Civil Veterinary Dept. North-West Frontier Province 1933-46 - 1933-1946
Year: 1933
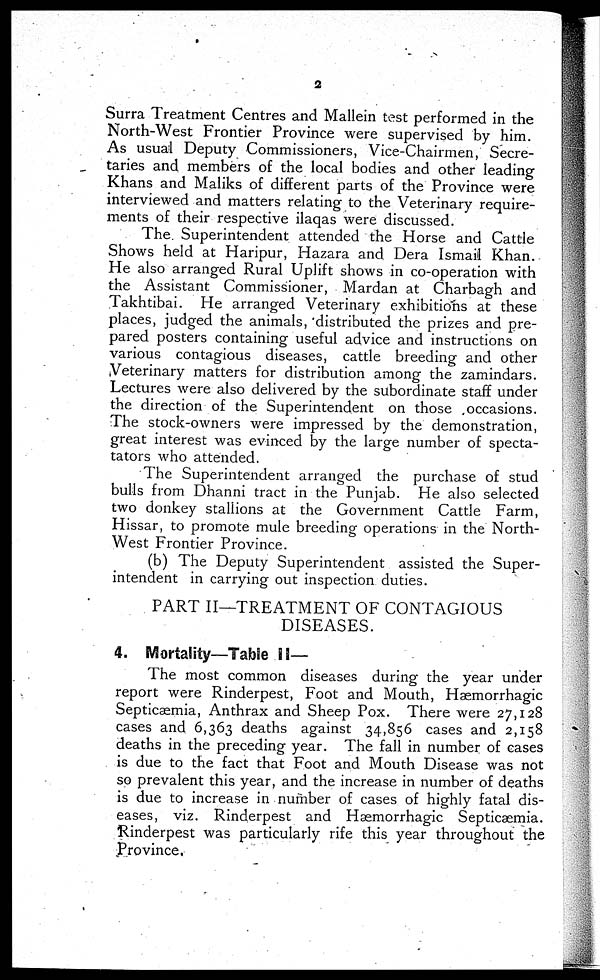
2
Surra Treatment Centres and Mallein test performed in the
North-West Frontier Province were supervised by him.
As usual Deputy Commissioners, Vice-Chairmen, Secre-
taries and members of the local bodies and other leading
Khans and Maliks of different parts of the Province were
interviewed and matters relating to the Veterinary require-
ments of their respective ilaqas were discussed.
The Superintendent attended the Horse and Cattle
Shows held at Haripur, Hazara and Dera Ismail Khan.
He also arranged Rural Uplift shows in co-operation with
the Assistant Commissioner, Mardan at Charbagh and
Takhtibai. He arranged Veterinary exhibitions at these
places, judged the animals, distributed the prizes and pre-
pared posters containing useful advice and instructions on
various contagious diseases, cattle breeding and other
Veterinary matters for distribution among the zamindars.
Lectures were also delivered by the subordinate staff under
the direction of the Superintendent on those occasions.
The stock-owners were impressed by the demonstration,
great interest was evinced by the large number of specta-
tators who attended.
The Superintendent arranged the purchase of stud
bulls from Dhanni tract in the Punjab. He also selected
two donkey stallions at the Government Cattle Farm,
Hissar, to promote mule breeding operations in the North-
West Frontier Province.
(b) The Deputy Superintendent assisted the Super-
intendent in carrying out inspection duties.
PART II—TREATMENT OF CONTAGIOUS
DISEASES.
4. Mortality—Table II—
The most common diseases during the year under
report were Rinderpest, Foot and Mouth, Hæmorrhagic
Septicæmia, Anthrax and Sheep Pox. There were 27,128
cases and 6,363 deaths against 34,856 cases and 2,158
deaths in the preceding year. The fall in number of cases
is due to the fact that Foot and Mouth Disease was not
so prevalent this year, and the increase in number of deaths
is due to increase in number of cases of highly fatal dis-
eases, viz. Rinderpest and Hæmorrhagic Septicæmia.
Rinderpest was particularly rife this year throughout the
Province.